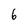
Character: 6